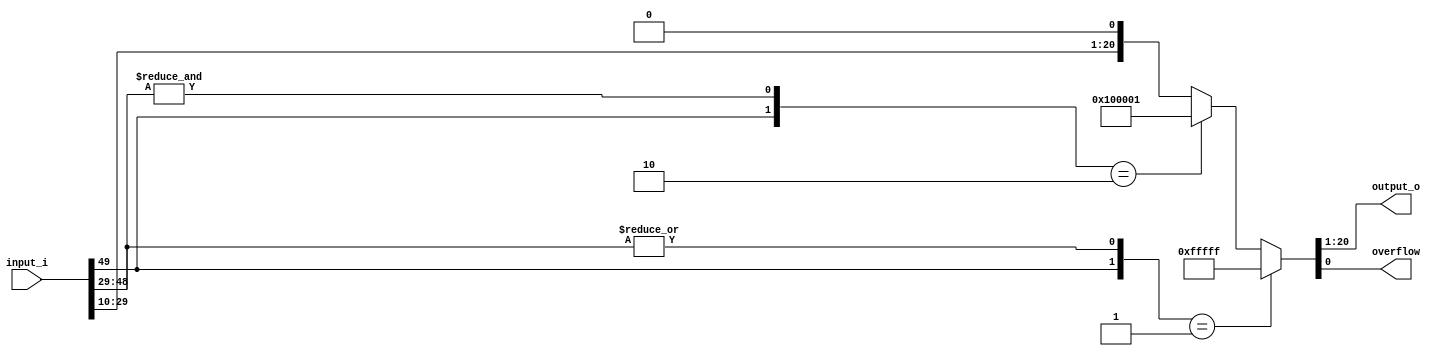
module red_pitaya_saturate
#( parameter BITS_IN = 50,
   parameter BITS_OUT = 20,
   parameter SHIFT = 10
)
(
    input signed [BITS_IN-1:0] input_i,
    output signed [BITS_OUT-1:0] output_o,
    output overflow
    );
assign {output_o,overflow} =  ( {input_i[BITS_IN-1],|input_i[BITS_IN-2:SHIFT+BITS_OUT-1]} ==2'b01) ? 
                                                                            {{1'b0,{BITS_OUT-1{1'b1}}},1'b1}  : 
                   ( {input_i[BITS_IN-1],&input_i[BITS_IN-2:SHIFT+BITS_OUT-1]} == 2'b10) ? 
                                                                            {{1'b1,{BITS_OUT-1{1'b0}}},1'b1}  : 
                    {input_i[SHIFT+BITS_OUT-1:SHIFT],1'b0} ; 
endmodule